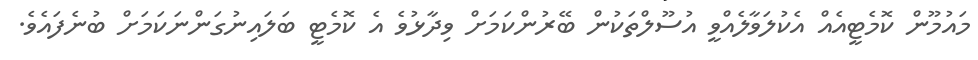
މައުމޫން ކޮމެޓީއެއް އެކުލަވާލެއްވީ އުސޫލްތަކުން ބޭރުންކަމަށް ވިދާޅުވެ އެ ކޮމެޓީ ބަލައިނުގަންނަކަމަށް ބުނެފައެވެ.